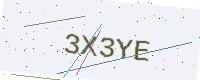
Text: 3X3YE